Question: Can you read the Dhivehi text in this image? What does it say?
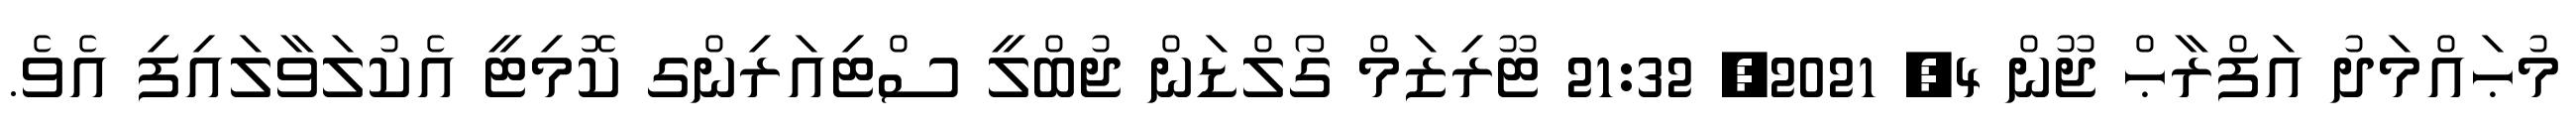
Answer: މުޙައްމަދު އަފްރާޙް ޖޫން 4, 2021, 21:32 ޓޫރިޒަމް ގޯލްޑަން ޖުބްލީ ސްޓިއަރިންގ ކޮމިޓީ އެކުލަވާލައިފި އެވެ.